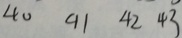
4 0 9 1 4 2 4 3